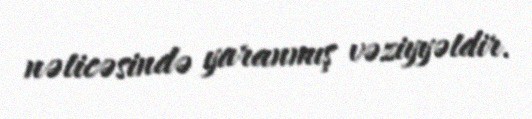
nəticəsində yaranmış vəziyyətdir.